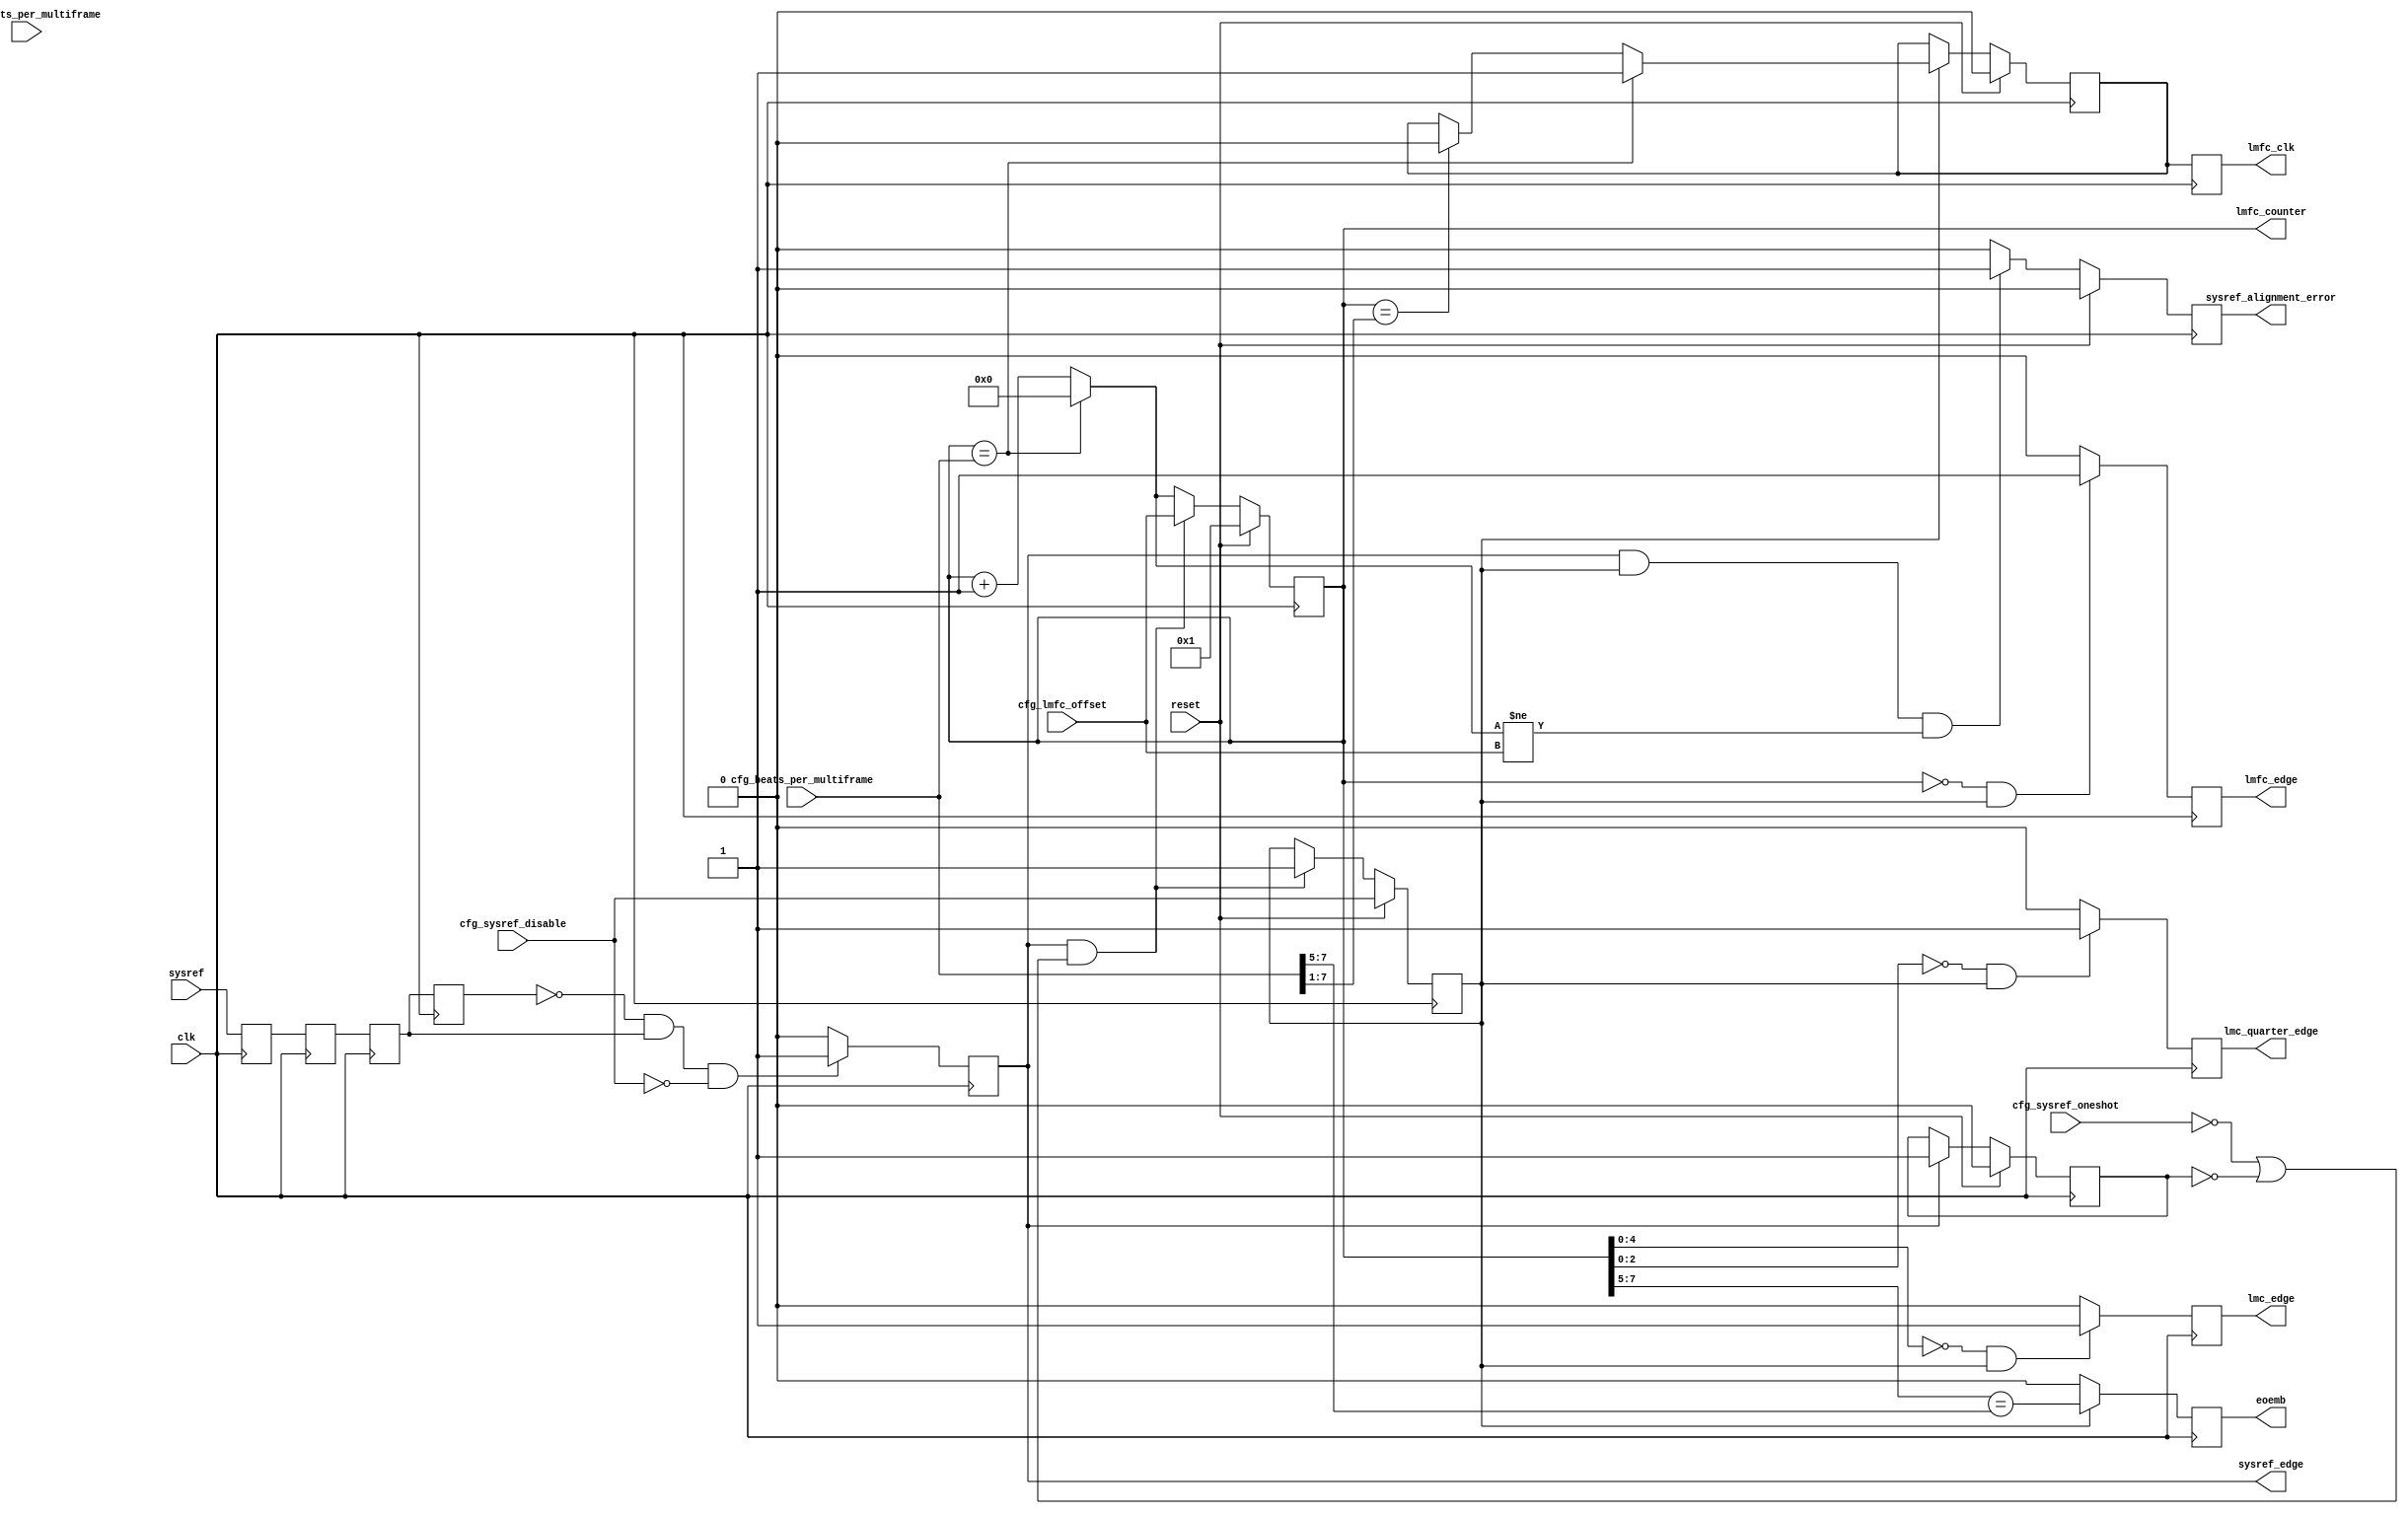
// ***************************************************************************
// ***************************************************************************
// Copyright (C) 2017, 2018, 2020-2022 Analog Devices, Inc. All rights reserved.
// SPDX short identifier: ADIJESD204
// ***************************************************************************
// ***************************************************************************

`timescale 1ns/100ps

module jesd204_lmfc #(
  parameter LINK_MODE = 1, // 2 - 64B/66B;  1 - 8B/10B
  parameter DATA_PATH_WIDTH = 4
) (
  input clk,
  input reset,

  input sysref,

  input [9:0] cfg_octets_per_multiframe,
  input [7:0] cfg_beats_per_multiframe,
  input [7:0] cfg_lmfc_offset,
  input cfg_sysref_oneshot,
  input cfg_sysref_disable,

  output reg lmfc_edge,
  output reg lmfc_clk,
  output reg [7:0] lmfc_counter,

  // Local MultiBlock clock edge
  output reg lmc_edge,
  output reg lmc_quarter_edge,
  // End of Extended MultiBlock
  output reg eoemb,

  output reg sysref_edge,
  output reg sysref_alignment_error
);

  localparam DPW_LOG2 = DATA_PATH_WIDTH == 8 ? 3 : DATA_PATH_WIDTH == 4 ? 2 : 1;
  localparam BEATS_PER_MF_WIDTH = 10-DPW_LOG2;

  //wire [BEATS_PER_MF_WIDTH-1:0]     cfg_beats_per_multiframe = cfg_octets_per_multiframe[9:DPW_LOG2];
  reg  [BEATS_PER_MF_WIDTH:0]       cfg_whole_beats_per_multiframe;

  reg sysref_r = 1'b0;
  reg sysref_d1 = 1'b0;
  reg sysref_d2 = 1'b0;
  reg sysref_d3 = 1'b0;

  reg sysref_captured;

  /* lmfc_octet_counter = lmfc_counter * (char_clock_rate / device_clock_rate) */
  reg [7:0] lmfc_counter_next = 'h00;

  reg lmfc_clk_p1 = 1'b1;

  reg lmfc_active = 1'b0;

  always @(posedge clk) begin
    sysref_r <= sysref;
  end

  /*
   * Unfortunately setup and hold are often ignored on the sysref signal relative
   * to the device clock. The device will often still work fine, just not
   * deterministic. Reduce the probability that the meta-stability creeps into the
   * reset of the system and causes non-reproducible issues.
   */
  always @(posedge clk) begin
    sysref_d1 <= sysref_r;
    sysref_d2 <= sysref_d1;
    sysref_d3 <= sysref_d2;
  end

  always @(posedge clk) begin
    if (sysref_d3 == 1'b0 && sysref_d2 == 1'b1 && cfg_sysref_disable == 1'b0) begin
      sysref_edge <= 1'b1;
    end else begin
      sysref_edge <= 1'b0;
    end
  end

  always @(posedge clk) begin
    if (reset == 1'b1) begin
      sysref_captured <= 1'b0;
    end else if (sysref_edge == 1'b1) begin
      sysref_captured <= 1'b1;
    end
  end

  /*
   * The configuration must be static when the core is out of reset. Otherwise
   * undefined behaviour might occur.
   * E.g. lmfc_counter > beats_per_multiframe
   *
   * To change the configuration first assert reset, then update the configuration
   * setting, finally deassert reset.
   */

  /*
   * For DATA_PATH_WIDTH == 8, F*K%8=4, set
   * cfg_beats_per_multiframe = cfg_beats_per_multiframe*2
   * LMFC will be twice the actual length
   */
  always @(*) begin
    if((LINK_MODE == 1) && (DATA_PATH_WIDTH == 8) && ~cfg_octets_per_multiframe[2]) begin
      cfg_whole_beats_per_multiframe = cfg_beats_per_multiframe*2;
    end else begin
      cfg_whole_beats_per_multiframe = cfg_beats_per_multiframe;
    end
  end

  always @(*) begin
    if (lmfc_counter == cfg_whole_beats_per_multiframe) begin
      lmfc_counter_next = 'h00;
    end else begin
      lmfc_counter_next = lmfc_counter + 1'b1;
    end
  end

  always @(posedge clk) begin
    if (reset == 1'b1) begin
      lmfc_counter <= 'h01;
      lmfc_active <= cfg_sysref_disable;
    end else begin
      /*
       * In oneshot mode only the first occurence of the
       * SYSREF signal is used for alignment.
       */
      if (sysref_edge == 1'b1 &&
          (cfg_sysref_oneshot == 1'b0 || sysref_captured == 1'b0)) begin
        lmfc_counter <= cfg_lmfc_offset;
        lmfc_active <= 1'b1;
      end else begin
        lmfc_counter <= lmfc_counter_next;
      end
    end
  end

  always @(posedge clk) begin
    if (reset == 1'b1) begin
      sysref_alignment_error <= 1'b0;
    end else begin
      /*
       * Alignement error is reported regardless of oneshot mode
       * setting.
       */
      sysref_alignment_error <= 1'b0;
      if (sysref_edge == 1'b1 && lmfc_active == 1'b1 &&
          lmfc_counter_next != cfg_lmfc_offset) begin
        sysref_alignment_error <= 1'b1;
      end
    end
  end

  always @(posedge clk) begin
    if (lmfc_counter == 'h00 && lmfc_active == 1'b1) begin
      lmfc_edge <= 1'b1;
    end else begin
      lmfc_edge <= 1'b0;
    end
  end

  // 1 MultiBlock = 32 blocks
  always @(posedge clk) begin
    if (lmfc_counter[4:0] == 'h00 && lmfc_active == 1'b1) begin
      lmc_edge <= 1'b1;
    end else begin
      lmc_edge <= 1'b0;
    end
  end
  always @(posedge clk) begin
    if (lmfc_counter[2:0] == 'h00 && lmfc_active == 1'b1) begin
      lmc_quarter_edge <= 1'b1;
    end else begin
      lmc_quarter_edge <= 1'b0;
    end
  end
  // End of Extended MultiBlock
  always @(posedge clk) begin
    if (lmfc_active == 1'b1) begin
      eoemb <= lmfc_counter[7:5] == cfg_whole_beats_per_multiframe[7:5];
    end else begin
      eoemb <= 1'b0;
    end
  end

  always @(posedge clk) begin
    if (reset == 1'b1) begin
      lmfc_clk_p1 <= 1'b0;
    end else if (lmfc_active == 1'b1) begin
      if (lmfc_counter == cfg_whole_beats_per_multiframe) begin
        lmfc_clk_p1 <= 1'b1;
      end else if (lmfc_counter == cfg_whole_beats_per_multiframe[7:1]) begin
        lmfc_clk_p1 <= 1'b0;
      end
    end

    lmfc_clk <= lmfc_clk_p1;
  end

endmodule